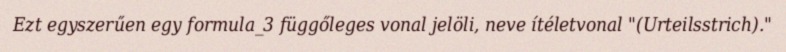
Ezt egyszerűen egy formula_3 függőleges vonal jelöli, neve ítéletvonal "(Urteilsstrich)."